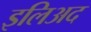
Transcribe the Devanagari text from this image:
इलिअद